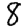
Digit: 8